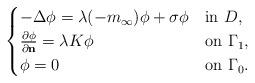
LaTeX: \begin{align*} \begin{cases}-\Delta \phi = \lambda (-m_\infty) \phi + \sigma \phi & \mbox{in $D$}, \\ \frac{\partial \phi}{\partial \mathbf{n}} = \lambda K \phi & \mbox{on $\Gamma_1$}, \\\phi = 0 & \mbox{on $\Gamma_0$}. \end{cases}\end{align*}